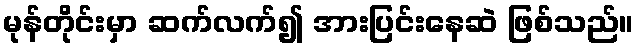
မုန်တိုင်းမှာ ဆက်လက်၍ အားပြင်းနေဆဲ ဖြစ်သည်။